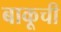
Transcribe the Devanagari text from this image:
बाकूची